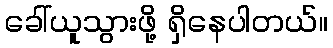
ခေါ်ယူသွားဖို့ ရှိနေပါတယ်။